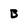
Character: B